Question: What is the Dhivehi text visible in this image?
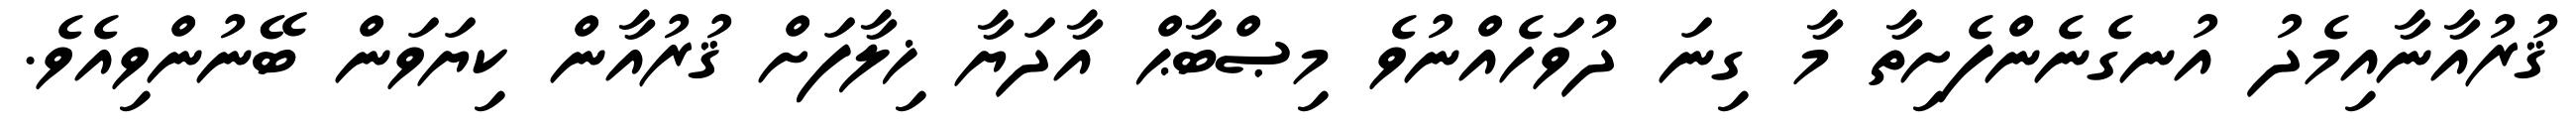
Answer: ޤުރުއާނާއިމެދު އުނގެނެންފެށިތާ މާ ގިނަ ދުވަހެއްނުވެ މިޞްބާޙް އާދަޔާ ޚިލާފަށް ޤުރުއާން ކިޔަވަން ބޭނުންވިއެވެ.